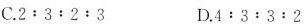
C.2 : 3 : 2 : 3 D.4 : 3 : 3 : 2